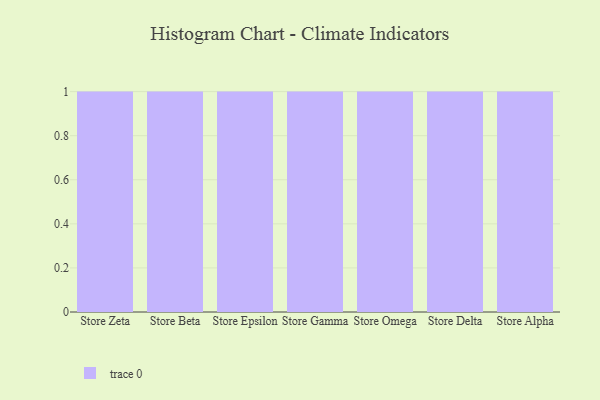
{"axis": {"x": "Store", "y": "Temperature (°C)"}, "legend": [""], "data": [{"x": "Store Zeta", "y": 38, "type": ""}, {"x": "Store Beta", "y": 18, "type": ""}, {"x": "Store Epsilon", "y": 23, "type": ""}, {"x": "Store Gamma", "y": 82, "type": ""}, {"x": "Store Omega", "y": 97, "type": ""}, {"x": "Store Delta", "y": 65, "type": ""}, {"x": "Store Alpha", "y": 56, "type": ""}]}